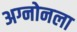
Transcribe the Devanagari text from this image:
अग्नोनला